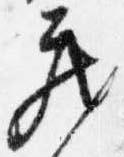
蔵